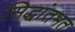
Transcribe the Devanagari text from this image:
सिद्धांतभत